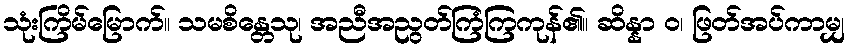
သုံးကြိမ်မြောက်။ သမစိန္တေသု၊ အညီအညွတ်ကြံကြကုန်၏။ ဆိန္နာ ဝ၊ ဖြတ်အပ်ကာမျှ